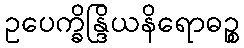
ဥပေက္ခိန္ဒြိယနိရောဓဉ္စ